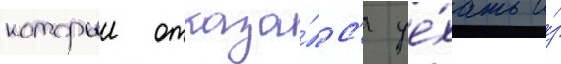
которыи отказа́лс'я уе́хать и́з